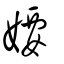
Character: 婹